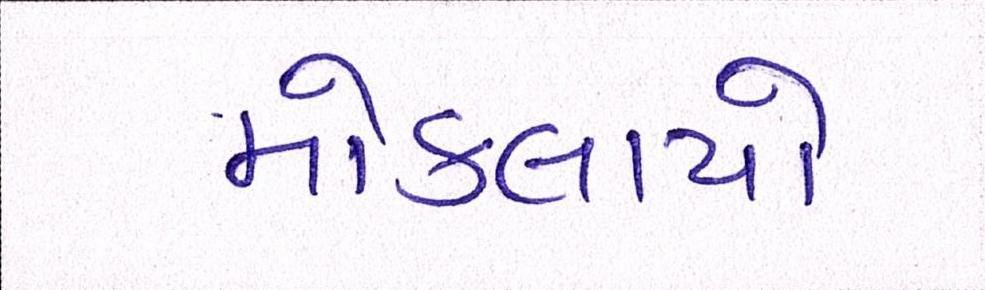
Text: મોકલાયો